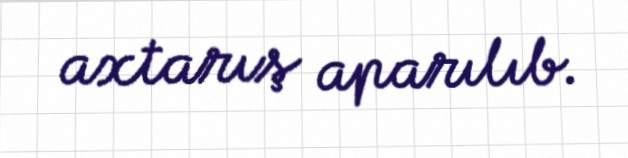
axtarış aparılıb.